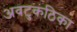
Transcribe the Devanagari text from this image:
अवटुकंठिका